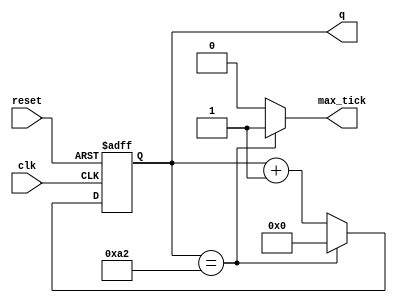
module mod_m_counter
    #(
        parameter N = 8,    // number of bits in counter
		  M = 163  // mod - M
     )
    (
	input wire clk, reset,
	output wire max_tick,
	output wire [N - 1 : 0] q
    );

    // signal declaration
    reg [N - 1 : 0] r_reg;
    wire [N - 1 : 0] r_next;

    // body
    // register
    always @(posedge clk, posedge reset)
	if(reset)
	    r_reg <= 0;
	else
	    r_reg <= r_next;

    // next-state logic
    assign r_next = (r_reg == (M - 1)) ? 0 : r_reg + 1;
    // output logic
    assign q = r_reg;
    assign max_tick = (r_reg == (M - 1)) ? 1'b1 : 1'b0;

endmodule